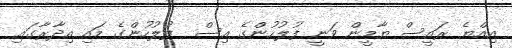
އިއްޔެ ރައީސް ޔާމީން ވަނީ ފުލުހުންގެ އިސް  ފުލުހުންގެ މައި އިދާރާގައި